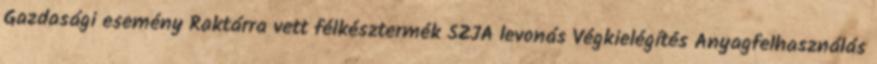
Gazdasági esemény Raktárra vett félkésztermék SZJA levonás Végkielégítés Anyagfelhasználás